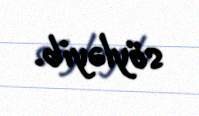
söyləyib.